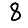
Digit: 8